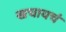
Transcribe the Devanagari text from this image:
खचायचं